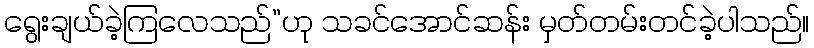
ရွေးချယ်ခဲ့ကြလေသည်”ဟု သခင်အောင်ဆန်း မှတ်တမ်းတင်ခဲ့ပါသည်။